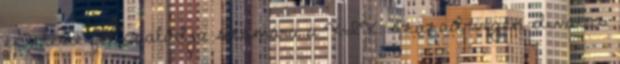
építtette fel családja számára a XIX. század végén divatos